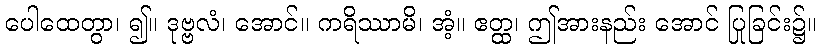
ပေါထေတွာ၊ ၍။ ဒုဗ္ဗလံ၊ အောင်။ ကရိဿာမိ၊ အံ့။ ဧတ္ထ၊ ဤအားနည်း အောင် ပြုခြင်း၌။